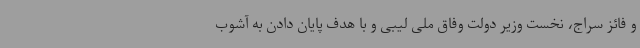
و فائز سراج، نخست وزیر دولت وفاق ملی لیبی و با هدف پایان دادن به آشوب